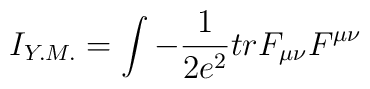
I_{Y.M.}=\int -\frac{1}{2e^2}trF_{\mu \nu}F^{\mu \nu}